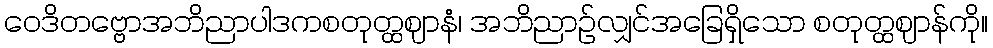
ဝေဒိတဗ္ဗောအဘိညာပါဒကစတုတ္ထဈာနံ၊ အဘိညာဉ်လျှင်အခြေရှိသော စတုတ္ထဈာန်ကို။